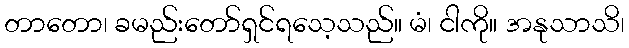
တာတော၊ ခမည်းတော်ရှင်ရသေ့သည်။ မံ၊ ငါကို။ အနုသာသိ၊